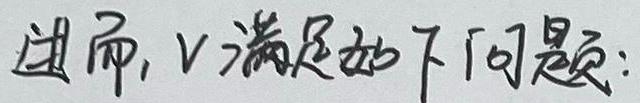
进而, \(v\) 满足如下问题: